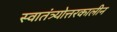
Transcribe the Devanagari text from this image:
स्वातंत्र्योत्तरकालीन